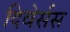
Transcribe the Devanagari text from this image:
दिवेर्सस